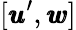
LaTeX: [{\pmb u}^{\prime},{\pmb w}]